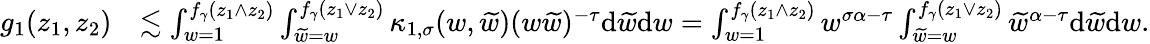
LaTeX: \begin{array}{rl}{g_{1}(z_{1},z_{2})}&{\lesssim\int_{w=1}^{f_{\gamma}(z_{1}\wedge z_{2})}\int_{\widetilde w=w}^{f_{\gamma}(z_{1}\vee z_{2})}\kappa_{1,\sigma}(w,\widetilde w)(w\widetilde w)^{-\tau}\mathrm{d}\widetilde w\mathrm{d}w=\int_{w=1}^{f_{\gamma}(z_{1}\wedge z_{2})}w^{\sigma\alpha-\tau}\int_{\widetilde w=w}^{f_{\gamma}(z_{1}\vee z_{2})}\widetilde w^{\alpha-\tau}\mathrm{d}\widetilde w\mathrm{d}w.}\end{array}